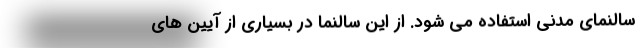
سالنمای مدنی استفاده می شود. از این سالنما در بسیاری از آیین های